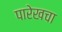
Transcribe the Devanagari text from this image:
पारेखचा